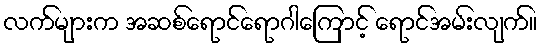
လက်များက အဆစ်ရောင်ရောဂါကြောင့် ရောင်အမ်းလျက်။